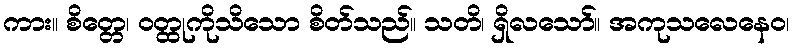
ကား။ စိတ္တေ၊ ဝတ္ထုကိုသိသော စိတ်သည်။ သတိ၊ ရှိလသော်။ အကုသလေနေဝ၊